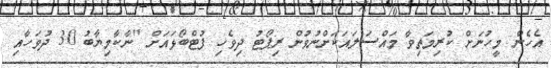
އެހެން މީހުނަށް ކުރިމަތިވާ މައްސަލައަކަށްނުވުން ރިޕޯޓު ދިވެހި ފުޓްބޯޅައަށް "ނާކާމިޔާބު 30 ދުވަހާއި